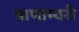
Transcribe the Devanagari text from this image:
बाणाम्बरी